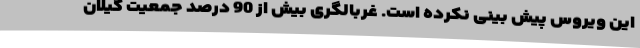
این ویروس پیش بینی نکرده است. غربالگری بیش از 90 درصد جمعیت گیلان